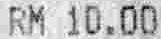
RM 10.00